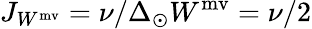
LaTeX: J_{W^{\mathrm{mv}}}=\nu/\Delta_{\odot}W^{\mathrm{mv}}=\nu/2